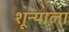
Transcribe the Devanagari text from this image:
शून्याला